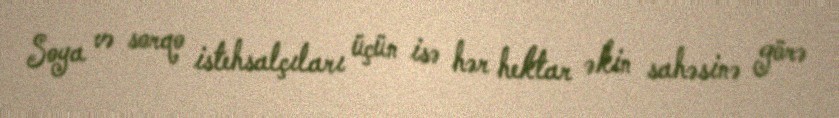
Soya və sorqo istehsalçıları üçün isə hər hektar əkin sahəsinə görə